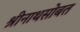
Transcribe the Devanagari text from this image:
श्रीनाथसोबत